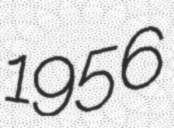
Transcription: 1956